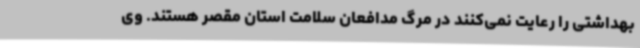
بهداشتی را رعایت نمی‌کنند در مرگ مدافعان سلامت استان مقصر هستند. وی